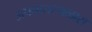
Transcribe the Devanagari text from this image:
अपघातस्थळास